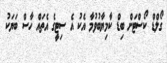
ގޯލްޑް ކޯސްޓަށް ބިޑް ކާމިޔާބުވުމާ އެކު އެ ސިޓީގެ އެތައް ހާސް ބަޔަކު